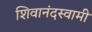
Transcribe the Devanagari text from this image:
शिवानंदस्वामी